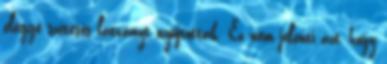
eléggé szétesős látványt nyújtottak. Ez nem jelenti azt, hogy